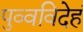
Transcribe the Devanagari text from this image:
पुव्वविदेहं